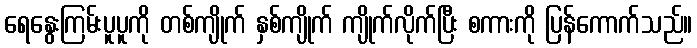
ရေနွေးကြမ်းပူပူကို တစ်ကျိုက် နှစ်ကျိုက် ကျိုက်လိုက်ပြီး စကားကို ပြန်ကောက်သည်။